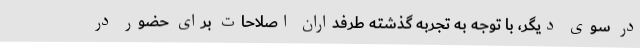
در سوی دیگر، با توجه به تجربه گذشته طرفداران اصلاحات برای حضور در